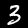
Label: 3